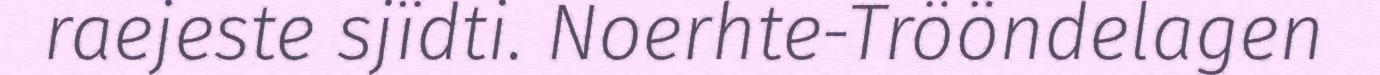
raejeste sjïdti. Noerhte-Trööndelagen